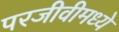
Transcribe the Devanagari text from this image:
परजीवीमध्ये